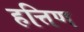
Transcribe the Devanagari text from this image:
हत्तिण